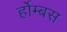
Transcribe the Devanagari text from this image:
र्होम्बस